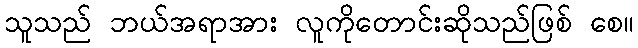
သူသည် ဘယ်အရာအား လူကိုတောင်းဆိုသည်ဖြစ် စေ။